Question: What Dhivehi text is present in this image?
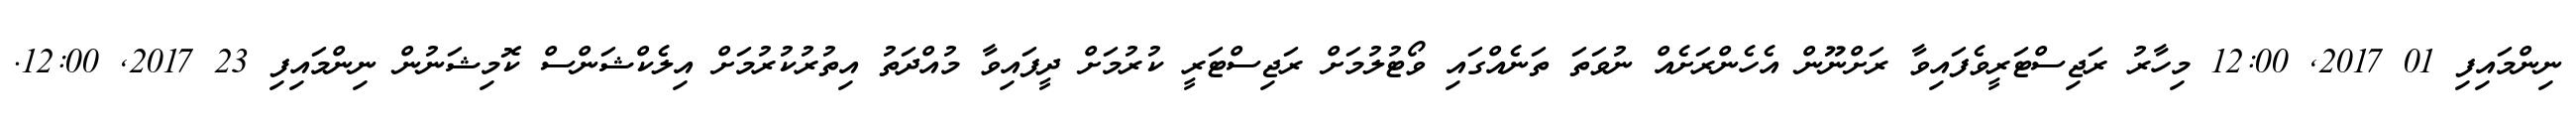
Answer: ނިންމައިފި 01 2017, 12:00 މިހާރު ރަޖިސްޓަރީވެފައިވާ ރަށްނޫން އެހެންރަށެއް ނުވަތަ ތަނެއްގައި ވޯޓުލުމަށް ރަޖިސްޓަރީ ކުރުމަށް ދީފައިވާ މުއްދަތު އިތުރުކުރުމަށް އިލެކްޝަންސް ކޮމިޝަނުން ނިންމައިފި 23 2017, 12:00.